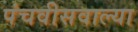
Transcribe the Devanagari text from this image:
पंचवीसवाल्या